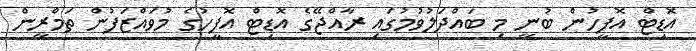
އޮޑިޓް އޮފީހުން ބުނީ މި ބައްދަލުވުމުގައި ރާއްޖޭގެ އޮޑިޓް އޮފީހުގެ މުވައްޒަފުން ތަމްރީން